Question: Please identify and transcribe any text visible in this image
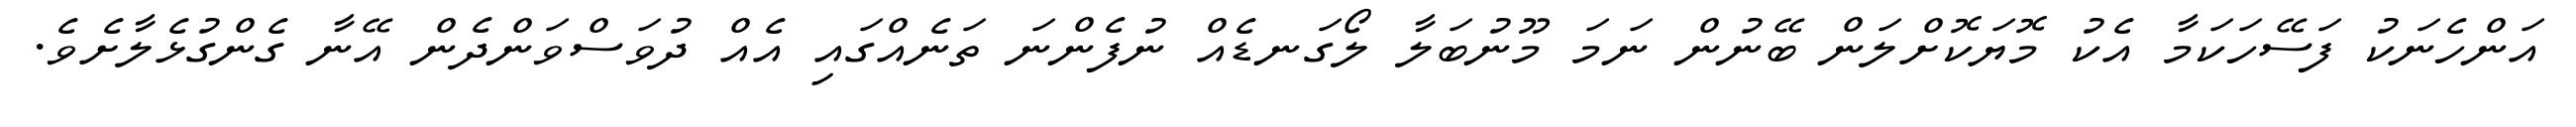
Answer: އަންހެނަކު ފަސޭހަކަމާ އެކު މޮޔަކޮށްލަން ބޭނުން ނަމަ މޫނުބަލާ ލޯގަނޑެއް ނުފެންނަ ތަނެއްގައި އެއް ދުވަސްވަންދެން އޭނާ ގެންގުޅެލާށެވެ.